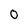
Character: 0